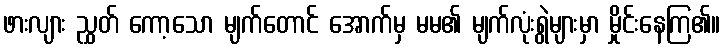
ဖားလျား ညွှတ် ကော့သော မျက်တောင် အောက်မှ မမ၏ မျက်လုံးရွဲများမှာ မှိုင်းနေကြ၏။